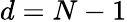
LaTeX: d=N-1